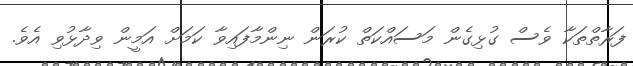
ފަރާތްތަކާ ވެސް ގުޅިގެން މަސައްކަތް ކުރަން ނިންމާފައިވާ ކަމަށް އަމީން ވިދާޅުވި އެވެ.